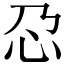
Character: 𫹭